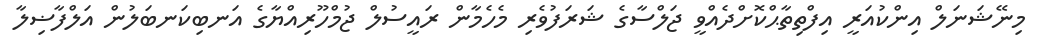
މިނޭޝަނަލް އިންކުއަރީ އިފްތިތާޙްކޮށްދެއްވީ ޖަލްސާގެ ޝަރަފުވެރި މެހެމާން ރައީސުލް ޖުމްހޫރިއްޔާގެ އަނބިކަނބަލުން އަލްފާޟިލާ